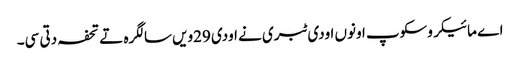
اے مائیکروسکوپ اونوں اودی ٹبری نے اودی 29ویں سالگرہ تے تحفہ دتی سی۔